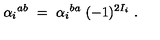
{ \alpha _ { i } } ^ { a b } \ = \ { \alpha _ { i } } ^ { b a } \ ( - 1 ) ^ { 2 I _ { i } } \ .